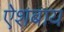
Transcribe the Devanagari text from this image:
ऐशबाय